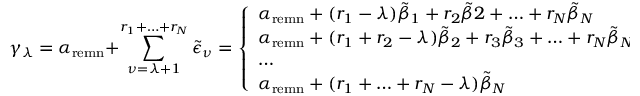
\gamma _ { \lambda } = \alpha _ { \mathrm { r e m n } } + \sum _ { \nu = \lambda + 1 } ^ { r _ { 1 } + \ldots + r _ { N } } \tilde { \epsilon } _ { \nu } = \left\{ \begin{array} { l c l } { { \alpha _ { \mathrm { r e m n } } + ( r _ { 1 } - \lambda ) \tilde { \beta } _ { 1 } + r _ { 2 } \tilde { \beta } 2 + \ldots + r _ { N } \tilde { \beta } _ { N } } } & { { \mathrm { i f } } } & { { \lambda \leq r _ { 1 } } } \\ { { \alpha _ { \mathrm { r e m n } } + ( r _ { 1 } + r _ { 2 } - \lambda ) \tilde { \beta } _ { 2 } + r _ { 3 } \tilde { \beta } _ { 3 } + \ldots + r _ { N } \tilde { \beta } _ { N } } } & { { \mathrm { i f } } } & { { r _ { 1 } < \lambda \leq r _ { 1 } + r _ { 2 } } } \\ { { \ldots } } & { { } } & { { } } \\ { { \alpha _ { \mathrm { r e m n } } + ( r _ { 1 } + \ldots + r _ { N } - \lambda ) \tilde { \beta } _ { N } } } & { { \mathrm { i f } } } & { { \lambda > r _ { 1 } + \ldots + r _ { N - 1 } } } \end{array} \right.